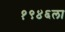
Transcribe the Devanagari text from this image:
१९४६ला